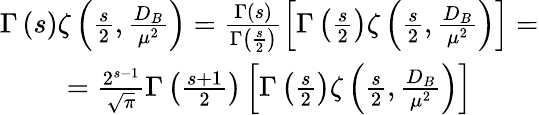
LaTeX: \begin{array}{c}{{\Gamma\left(s\right)\zeta\left(\frac s2,\frac{D_{B}}{\mu^{2}}\right)=\frac{\Gamma\left(s\right)}{\Gamma\left(\frac s2\right)}\left[\Gamma\left(\frac s2\right)\zeta\left(\frac s2,\frac{D_{B}}{\mu^{2}}\right)\right]=}}\\ {{=\frac{2^{s-1}}{\sqrt{\pi}}\Gamma\left(\frac{s+1}2\right)\left[\Gamma\left(\frac s2\right)\zeta\left(\frac s2,\frac{D_{B}}{\mu^{2}}\right)\right]}}\end{array}